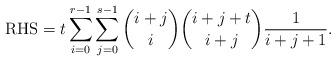
LaTeX: \begin{align*}\mbox{RHS}&=t\sum_{i=0}^{r-1}\sum_{j=0}^{s-1}\binom{i+j}{i}\binom{i+j+t}{i+j}\frac{1}{i+j+1}.\end{align*}